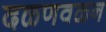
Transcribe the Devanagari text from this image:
दळणवळन